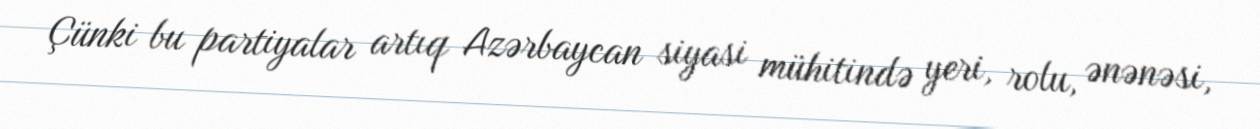
Çünki bu partiyalar artıq Azərbaycan siyasi mühitində yeri, rolu, ənənəsi,